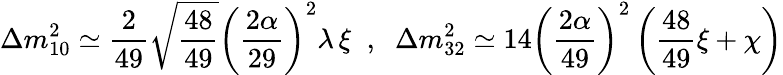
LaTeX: \Delta m_{10}^{2}\simeq\frac{2}{49}\sqrt{\frac{48}{49}}\left(\frac{2\alpha}{29}\right)^{2}\lambda\, \xi\; \; ,\; \; \Delta m_{32}^{2}\simeq 14\left(\frac{2\alpha}{49}\right)^{2}\left(\frac{48}{49}\xi+\chi\right)